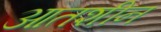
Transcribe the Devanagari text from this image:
आतशीन